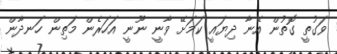
ވަގުތީ ގޮތުން އޭނާ ދިޔައީ ކަމަށޭ ވާނީ ނޫނީ އަހަރެން މަތިން ހަނދާން